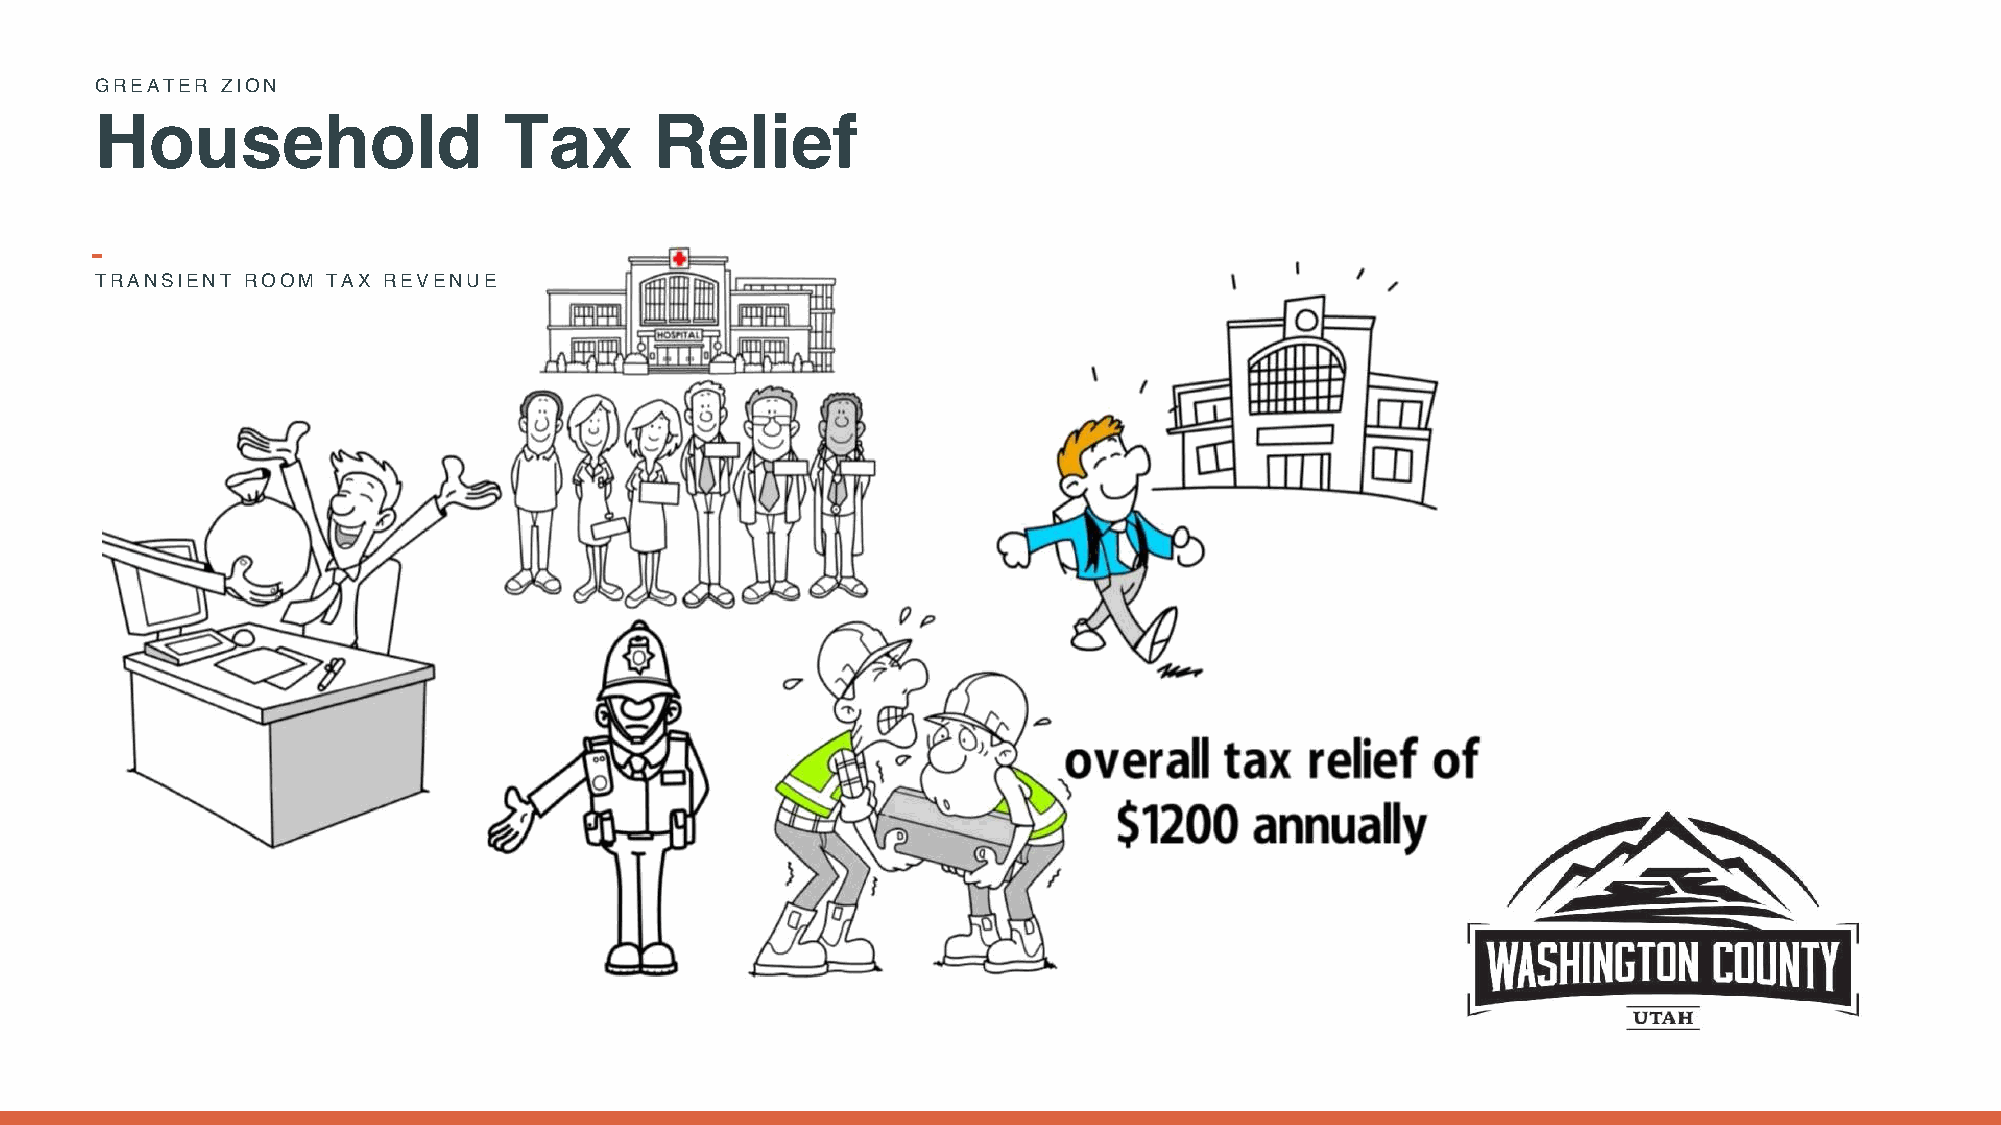
GREATER  ZION
 Household                  Tax       Relief
 TRANSIENT ROOM  TAX REVENUE